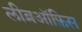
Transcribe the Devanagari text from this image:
लीब्रऑफ़िस